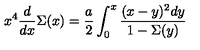
x ^ { 4 } { \frac { d } { d x } } \Sigma ( x ) = { \frac { a } { 2 } } \int _ { 0 } ^ { x } { \frac { ( x - y ) ^ { 2 } d y } { 1 - \Sigma ( y ) } }